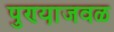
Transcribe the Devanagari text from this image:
पुण्या़जवळ